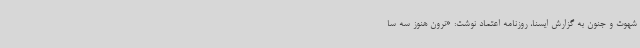
شهوت و جنون به گزارش ایسنا، روزنامه اعتماد نوشت: «نرون هنوز سه سا